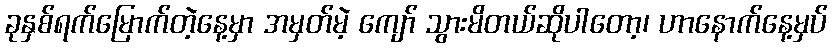
ခုနှစ်ရက်မြောက်တဲ့နေ့မှာ အမှတ်မဲ့ ကျော် သွားမိတယ်ဆိုပါတော့၊ ဟာနောက်နေ့မှပ်